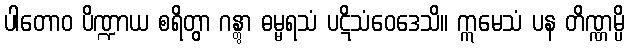
ပါတောဝ ပိဏ္ဍာယ စရိတွာ ဂန္တွာ ဓမ္မရသံ ပဋိသံဝေဒေသိ။ ဣမေသံ ပန တိဏ္ဏမ္ပိ